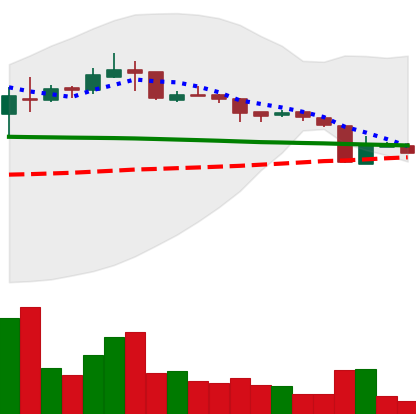
Ticker: XRP-USD
Chart end date: 2018-10-14
Forward return: 12.619%
Label: up_7plus